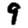
Digit: 9